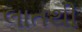
લાતથી